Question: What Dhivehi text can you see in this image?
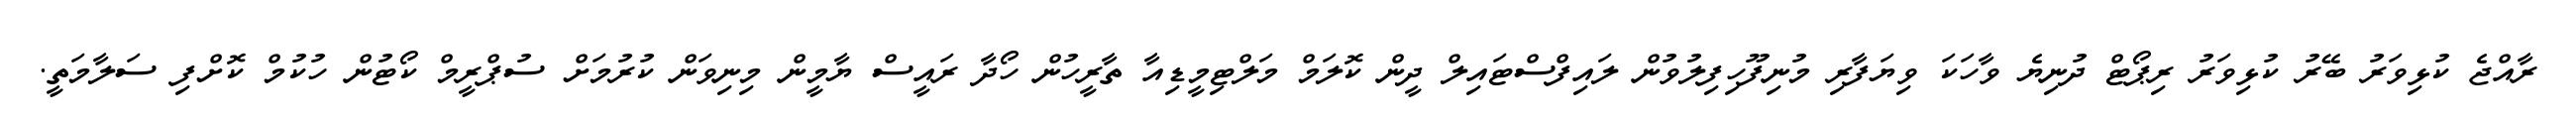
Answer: ރާއްޖެ ކުޅިވަރު ބޭރު ކުޅިވަރު ރިޕޯޓް ދުނިޔެ ވާހަކަ ވިޔަފާރި މުނިފޫހިފިލުވުން ލައިފްސްޓައިލް ދީން ކޮލަމް މަލްޓިމީޑިއާ ތާރީހުން ހޯދާ ރައީސް ޔާމީން މިނިވަން ކުރުމަށް ސުޕްރީމް ކޯޓުން ހުކުމް ކޮށްފި ސަލާމަތީ.